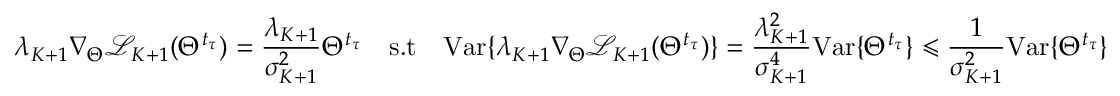
\lambda _ { K + 1 } \nabla _ { \Theta } \mathcal { L } _ { K + 1 } ( \Theta ^ { t _ { \tau } } ) = \frac { \lambda _ { K + 1 } } { \sigma _ { K + 1 } ^ { 2 } } \Theta ^ { t _ { \tau } } \quad \mathrm { s . t } \quad \mathrm { V a r } \{ \lambda _ { K + 1 } \nabla _ { \Theta } \mathcal { L } _ { K + 1 } ( \Theta ^ { t _ { \tau } } ) \} = \frac { \lambda _ { K + 1 } ^ { 2 } } { \sigma _ { K + 1 } ^ { 4 } } \mathrm { V a r } \{ \Theta ^ { t _ { \tau } } \} \leqslant \frac { 1 } { \sigma _ { K + 1 } ^ { 2 } } \mathrm { V a r } \{ \Theta ^ { t _ { \tau } } \}